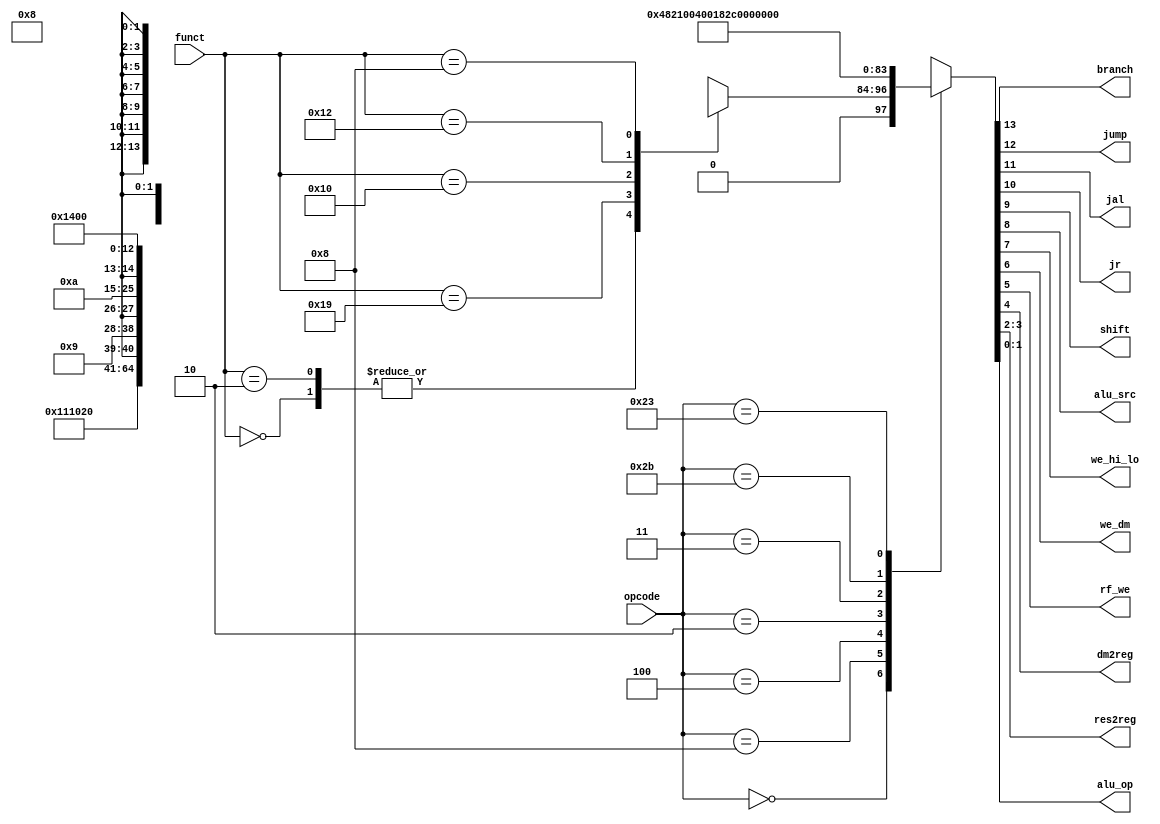

module maindec (
    input  [5:0] opcode, funct,
    output       branch, jump, jal, jr, shift, alu_src, we_hi_lo, we_dm, rf_we, dm2reg,
    output [1:0] res2reg, alu_op );

    reg [13:0] ctrl;

    assign { branch, jump, jal, jr, shift, alu_src, we_hi_lo, we_dm, rf_we, dm2reg, res2reg, alu_op } = ctrl;

    always @ ( opcode, funct ) begin
        case (opcode)
            6'b000000: begin
                case (funct)
                    6'b00_0000: ctrl = 14'b0_000_10_0010_00_10;  // sll, nop
                    6'b00_0010: ctrl = 14'b0_000_10_0010_00_10;  // slr
                    6'b01_1001: ctrl = 14'b0_000_00_1000_00_xx;  // multu
                    6'b01_0000: ctrl = 14'b0_000_00_0010_01_xx;  // mfhi
                    6'b01_0010: ctrl = 14'b0_000_00_0010_10_xx;  // mflo
                    6'b00_1000: ctrl = 14'b0_101_00_0000_00_00;  // jr
                    default:    ctrl = 14'b0_000_00_0010_00_xx;  // R-type
                endcase
            end
            6'b00_1000:         ctrl = 14'b0_000_01_0010_00_00; // addi
            6'b00_0100:         ctrl = 14'b1_000_01_0000_00_00; // beq
            6'b00_0010:         ctrl = 14'b0_100_00_0000_00_00; // j
            6'b00_0011:         ctrl = 14'b0_110_00_0010_11_00; // jal
            6'b10_1011:         ctrl = 14'b0_000_01_0100_00_00; // sw
            6'b10_0011:         ctrl = 14'b0_000_01_0011_00_00; // lw
            default:            ctrl = 14'bx_xxx_xx_xxxx_xx_xx;
        endcase
    end
endmodule

module auxdec (
    input  [1:0] alu_op,
    input  [5:0] funct,
    output [2:0] alu_ctrl );

    reg [2:0] ctrl;
    assign alu_ctrl = ctrl;

    always @ ( alu_op, funct ) begin
        case (alu_op)
            2'b00: ctrl = 3'b010; // add
            2'b01: ctrl = 3'b110; // sub
            default: case (funct)
                6'b00_0000: ctrl = 3'b100; // sll
                6'b00_0010: ctrl = 3'b101; // slr
                6'b10_0100: ctrl = 3'b000; // AND
                6'b10_0101: ctrl = 3'b001; // OR
                6'b10_0000: ctrl = 3'b010; // ADD
                6'b10_0010: ctrl = 3'b110; // SUB
                6'b10_1010: ctrl = 3'b111; // SLT
                default:    ctrl = 3'bxxx;
            endcase
        endcase
    end
endmodule